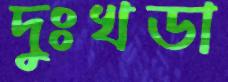
দুঃখডা